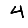
Digit: 4